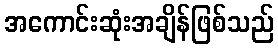
အကောင်းဆုံးအချိန်ဖြစ်သည်